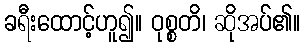
ခရီးထောင့်ဟူ၍။ ဝုစ္စတိ၊ ဆိုအပ်၏။